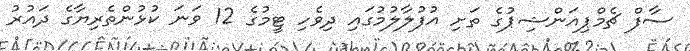
ސާފް ޗެމްޕިއަންޝިޕުގެ ތަށި އުފުލާލުމުގައި ދިވެހި ޓީމުގެ 12 ވަނަ ކުޅުންތެރިޔާގެ ދައުރު